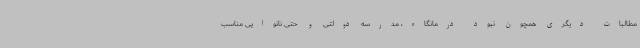
مطالبات دیگری همچون نبود درمانگاه، مدرسه دولتی و حتی نانوایی مناسب